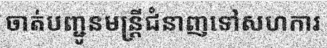
ចាត់បញ្ជូនមន្ត្រីជំនាញទៅសហការ